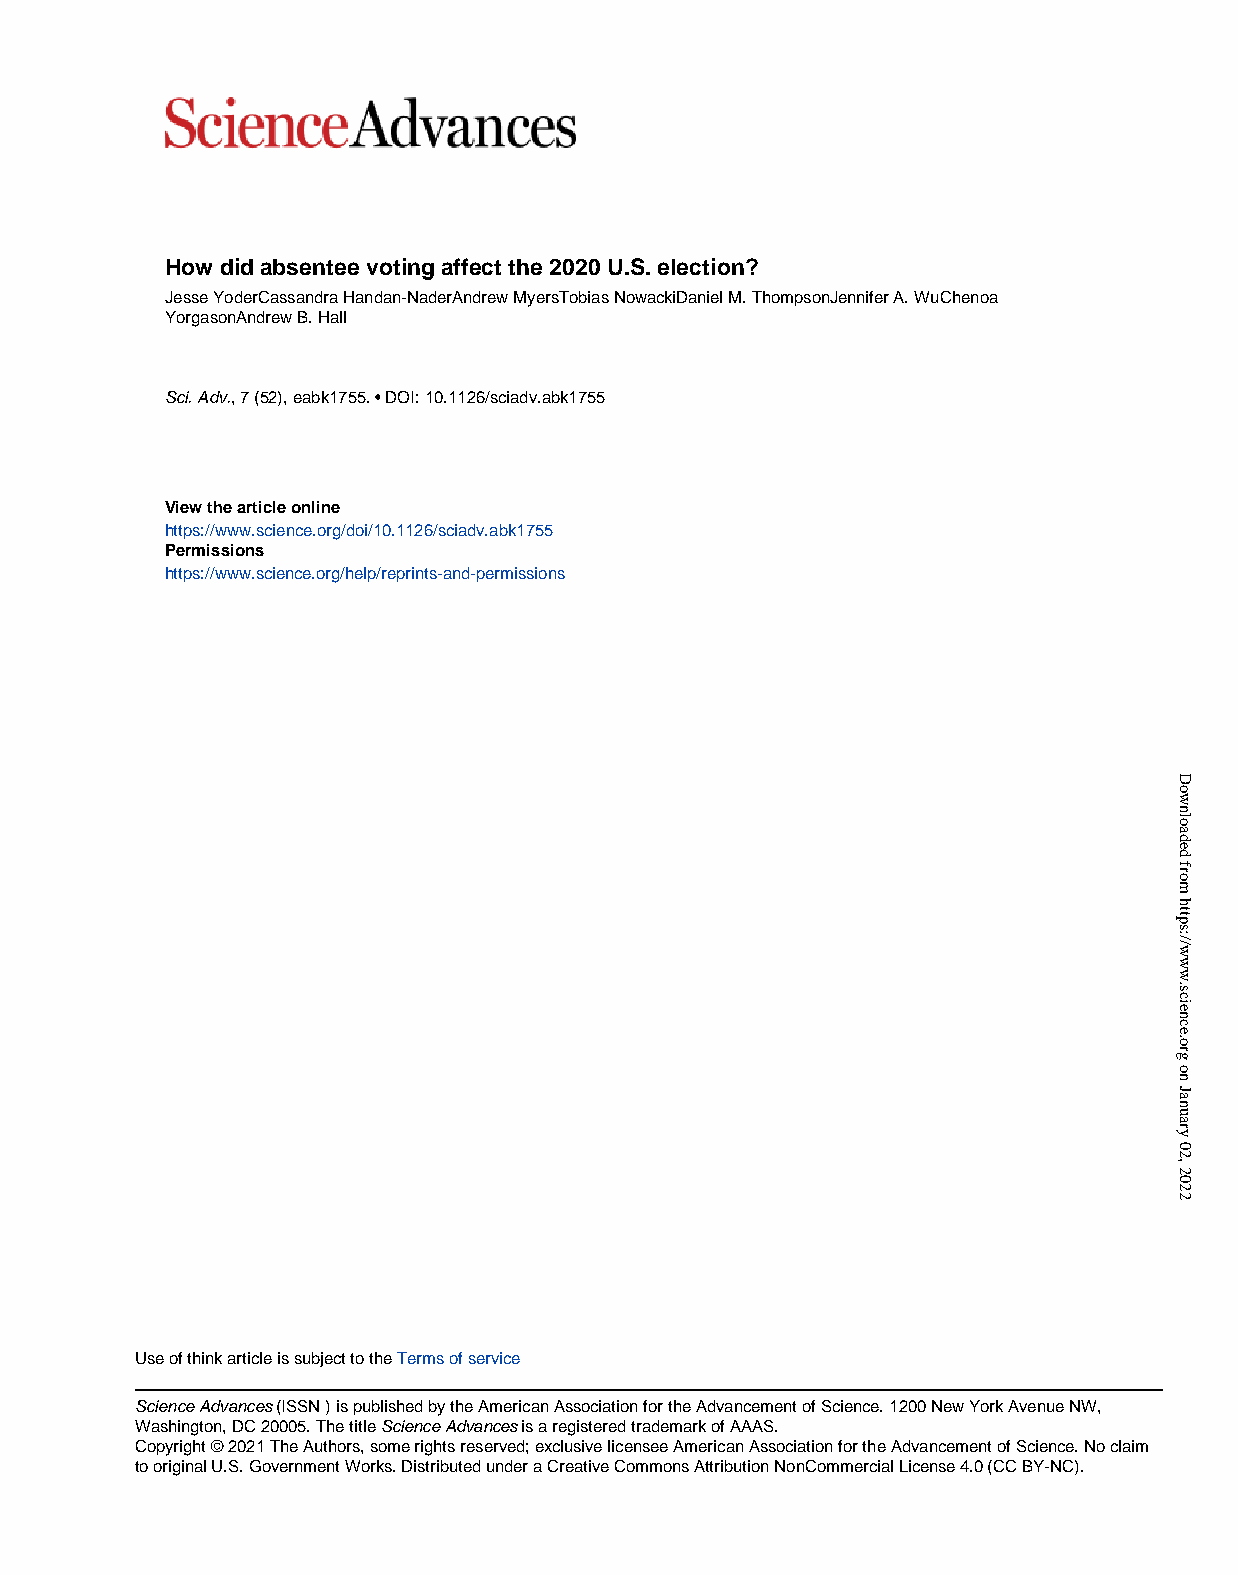
How did absentee voting affect the 2020 U.S. election?
 Jesse YoderCassandra Handan-NaderAndrew MyersTobias NowackiDaniel M. ThompsonJennifer A. WuChenoa
 YorgasonAndrew B. Hall
 Sci. Adv., 7 (52), eabk1755. • DOI: 10.1126/sciadv.abk1755
 View the article online
 https://www.science.org/doi/10.1126/sciadv.abk1755
 Permissions
 https://www.science.org/help/reprints-and-permissions
 Use of think article is subject to the Terms of service
 Science Advances (ISSN ) is published by the American Association for the Advancement of Science. 1200 New York Avenue NW,
 Washington, DC 20005. The title Science Advances is a registered trademark of AAAS.
 Copyright © 2021 The Authors, some rights reserved; exclusive licensee American Association for the Advancement of Science. No claim
 to original U.S. Government Works. Distributed under a Creative Commons Attribution NonCommercial License 4.0 (CC BY-NC).
 Downloaded
 from
 https://www.science.org
 on
 January
 02,
 2022